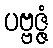
ပဗ္ဗဇ္ဇံ